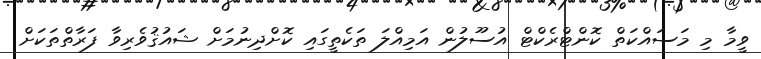
ވީމާ މި މަސައްކަތް ކޮންޓްރެކްޓް އުސޫލުން އަމިއްލަ ތަކެތީގައި ކޮށްދިނުމަށް ޝައުޤުވެރިވާ ފަރާތްތަކަށް